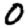
Digit: 0